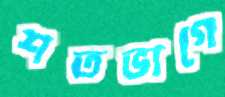
শতভাগে